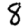
Digit: 8